Vaccination in the Punjab 1897-1904 - 1897-1904
Year: 1897
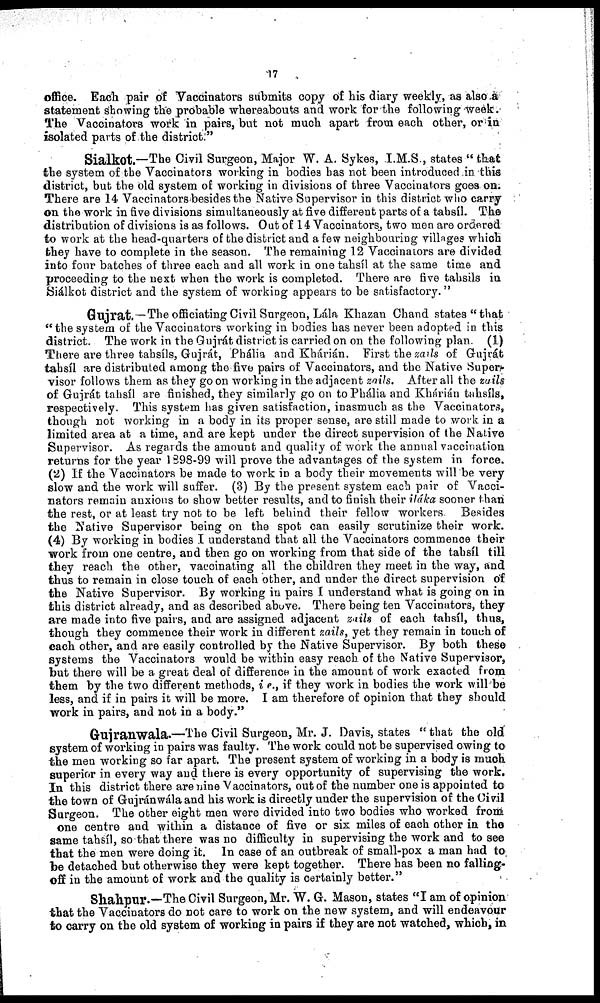
17
office. Each pair of Vaccinators submits copy of his diary weekly, as also a
statement showing the probable whereabouts and work for the following week.
The Vaccinators work in pairs, but not much apart from each other, or in
isolated parts of the district."
Sialkot.—The Civil Surgeon, Major W. A. Sykes, I.M.S., states "that
the system of the Vaccinators working in bodies has not been introduced in this
district, but the old system of working in divisions of three Vaccinators goes on
There are 14 Vaccinators besides the Native Supervisor in this district who carry
on the work in five divisions simultaneously at five different parts of a tahsíl. The
distribution of divisions is as follows. Out of 14 Vaccinators., two men are ordered
to work at the head-quarters of the district and a few neighbouring villages which
they have to complete in the season. The remaining 12 Vaccinators are divided
into four batches of three each and all work in one tahsíl at the same time and
proceeding to the next when the work is completed. There are five tahsils in
Siálkot district and the system of working appears to be satisfactory."
Gujrat.-— The officiating Civil Surgeon, Lála Khazan Chand states "that
"the system of the Vaccinators working in bodies has never been adopted in this
district. The work in the Gujrát district is carried on on the following plan. (1)
There are three tahsíls, Gujrát, Phália and Khárián. First the zails of Gujrát
tahsíl are distributed among the five pairs of Vaccinators, and the Native Super¬
visor follows them as they go on working in the adjacent zails. After all the zails
of Gujrát tahsíl are finished, they similarly go on to Phália and Khárián tahsíls,
respectively. This system has given satisfaction, inasmuch as the Vaccinators,
though not working in a body in its proper sense, are still made to work in a
limited area at a time, and are kept under the direct supervision of the Native
Supervisor. As regards the amount and quality of work the annual vaccination
returns for the year 1898-99 will prove the advantages of the system in force.
(2) If the Vaccinators be made to work in a body their movements will be very
slow and the work will suffer. (3) By the present system each pair of Vacci-
nators remain anxious to show better results, and to finish their iláka sooner than
the rest, or at least try not to be left behind their fellow workers. Besides
the Native Supervisor being on the spot can easily scrutinize their work.
(4) By working in bodies I understand that all the Vaccinators commence their
work from one centre, and then go on working from that side of the tahsíl till
they reach the other, vaccinating all the children they meet in the way, and
thus to remain in close touch of each other, and under the direct supervision of
the Native Supervisor. By working in pairs I understand what is going on in
this district already, and as described above. There being ten Vaccinators, they
are made into five pairs, and are assigned adjacent zails of each tahsíl, thus,
though they commence their work in different zails, yet they remain in touch of
each other, and are easily controlled by the Native Supervisor. By both these
systems the Vaccinators would be within easy reach of the Native Supervisor,
but there will be a great deal of difference in the amount of work exacted from
them by the two different methods, i.e., if they work in bodies the work will be
less, and if in pairs it will be more. I am therefore of opinion that they should
work in pairs, and not in a body."
Gujranwala.—The Civil Surgeon, Mr. J. Davis, states "that the old
system of working in pairs was faulty. The work could not be supervised owing to
the men working so far apart. The present system of working in a body is much
superior in every way and there is every opportunity of supervising the work.
In this district there are nine Vaccinators, out of the number one is appointed to
the town of Gujránwála and his work is directly under the supervision of the Civil
Surgeon. The other eight men were divided into two bodies who worked from
one centre and within a distance of five or six miles of each other in the
same tahsíl, so that there was no difficulty in supervising the work and to see
that the men were doing it. In case of an outbreak of small-pox a man had to
be detached but otherwise they were kept together. There has been no falling¬
off in the amount of work and the quality is certainly better."
Shahpur.—The Civil Surgeon, Mr. W. G. Mason, states "I am of opinion
that the Vaccinators do not care to work on the new system, and will endeavour
to carry on the old system of working in pairs if they are not watched, which, in